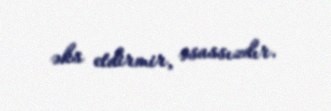
əks etdirmir, əsassızdır.